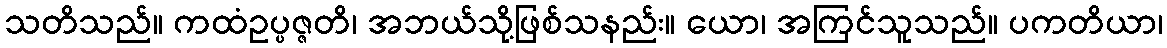
သတိသည်။ ကထံဥပ္ပဇ္ဇတိ၊ အဘယ်သို့ဖြစ်သနည်း။ ယော၊ အကြင်သူသည်။ ပကတိယာ၊